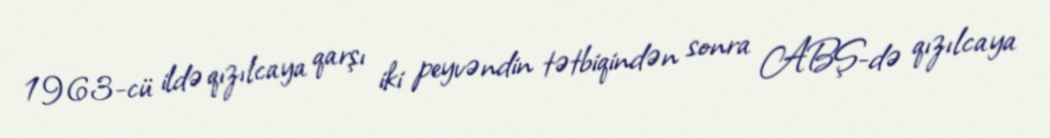
1963-cü ildə qızılcaya qarşı iki peyvəndin tətbiqindən sonra ABŞ-də qızılcaya